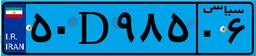
۹۲D۴۷۶۶۰